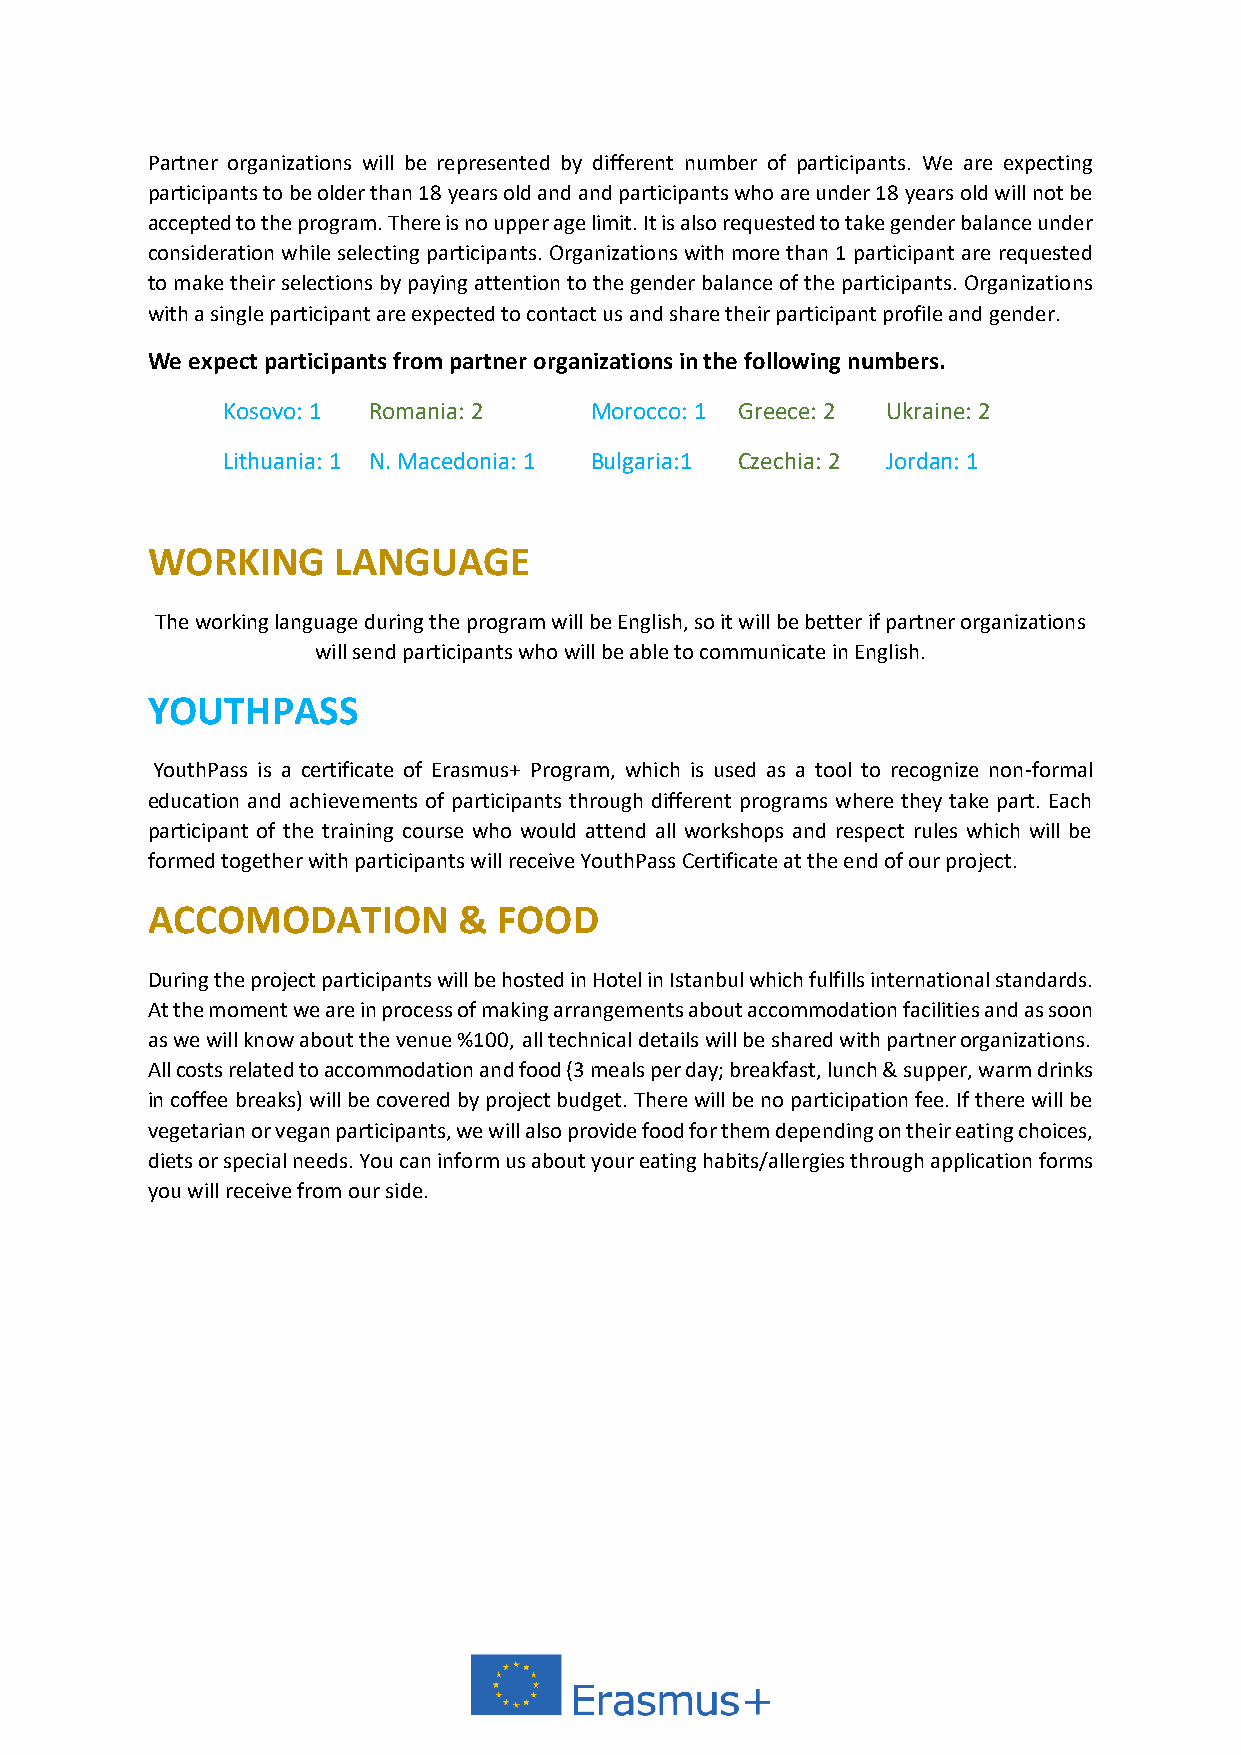
Partner organizations will be represented by different number of participants. We are expecting
 participants to be older than 18 years old and and participants who are under 18 years old will not be
 accepted to the program. There is no upper age limit. It is also requested to take gender balance under
 consideration while selecting participants. Organizations with more than 1 participant are requested
 to make their selections by paying attention to the gender balance of the participants. Organizations
 with a single participant are expected to contact us and share their participant profile and gender.
 We expect participants from partner organizations in the following numbers.
 Kosovo: 1 Romania: 2    Morocco: 1 Greece: 2 Ukraine: 2
 Lithuania: 1 N. Macedonia: 1 Bulgaria:1 Czechia: 2 Jordan: 1
 WORKING     LANGUAGE
 The working language during the program will be English, so it will be better if partner organizations
 will send participants who will be able to communicate in English.
 YOUTHPASS
 YouthPass is a certificate of Erasmus+ Program, which is used as a tool to recognize non-formal
 education and achievements of participants through different programs where they take part. Each
 participant of the training course who would attend all workshops and respect rules which will be
 formed together with participants will receive YouthPass Certificate at the end of our project.
 ACCOMODATION        &  FOOD
 During the project participants will be hosted in Hotel in Istanbul which fulfills international standards.
 At the moment we are in process of making arrangements about accommodation facilities and as soon
 as we will know about the venue %100, all technical details will be shared with partner organizations.
 All costs related to accommodation and food (3 meals per day; breakfast, lunch & supper, warm drinks
 in coffee breaks) will be covered by project budget. There will be no participation fee. If there will be
 vegetarian or vegan participants, we will also provide food for them depending on their eating choices,
 diets or special needs. You can inform us about your eating habits/allergies through application forms
 you will receive from our side.